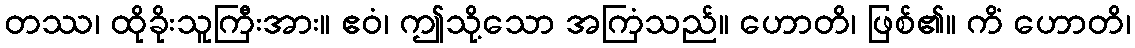
တဿ၊ ထိုခိုးသူကြီးအား။ ဧဝံ၊ ဤသို့သော အကြံသည်။ ဟောတိ၊ ဖြစ်၏။ ကိံ ဟောတိ၊